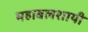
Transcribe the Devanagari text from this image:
महाबलशायी